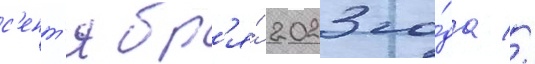
с'ент'ябр'я́ 2023 го́да //